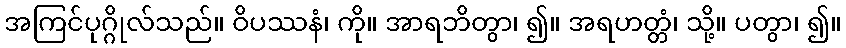
အကြင်ပုဂ္ဂိုလ်သည်။ ဝိပဿနံ၊ ကို။ အာရဘိတွာ၊ ၍။ အရဟတ္တံ၊ သို့။ ပတွာ၊ ၍။